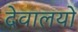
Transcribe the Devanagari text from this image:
देवालयो